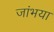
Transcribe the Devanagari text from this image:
जांभया